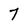
Character: 7